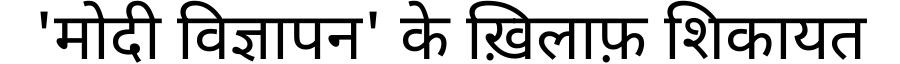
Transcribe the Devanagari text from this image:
'मोदी विज्ञापन' के ख़िलाफ़ शिकायत